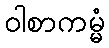
ဝါစာကမ္မံ